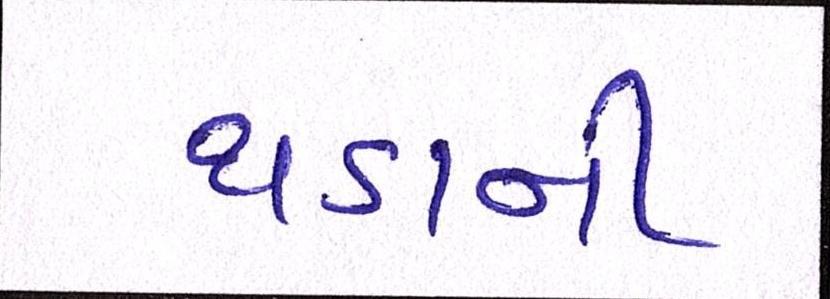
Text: થડાની